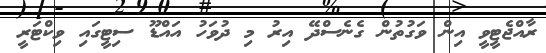
ރާއްޖެޓީވީ އިން ވަގުތުން ގެނެސްދޭ އިރު މި ދުވަހު އައްޑޫ ސިޓީގައި ވިކްޓަރީ